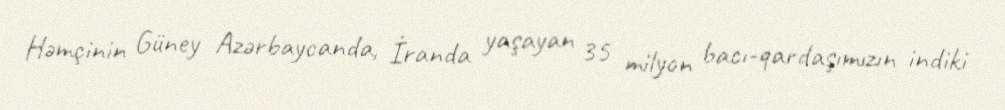
Həmçinin Güney Azərbaycanda, İranda yaşayan 35 milyon bacı-qardaşımızın indiki